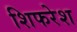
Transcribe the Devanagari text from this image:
शिफरेश